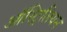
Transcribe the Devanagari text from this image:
ऑस्ट्रिलियन